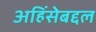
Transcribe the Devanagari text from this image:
अहिंसेबद्दल